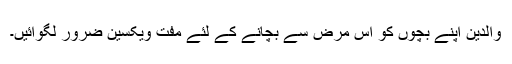
والدین اپنے بچوں کو اس مرض سے بچانے کے لئے مفت ویکسین ضرور لگوائیں۔